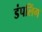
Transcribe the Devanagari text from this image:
डंपलिंग